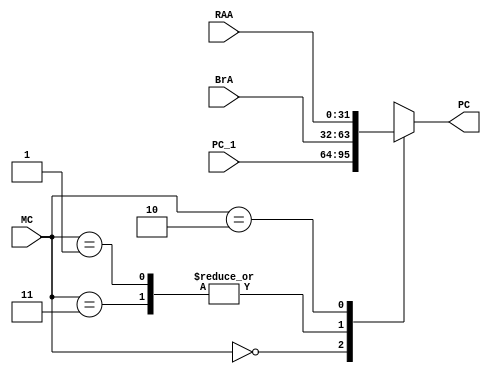
`timescale 1ns / 1ps

module MUX_C(   input [31:0] BrA, RAA, PC_1, // BrA, RAA come from execute, PC+1 comes from instruction fetch section, one of these goes to PC output
                input [1:0] MC, // from combinational circuits to the right of MUX C in Fig. 10-15 before the instruction fetch section
                output reg [31:0] PC // sets the newest value of program counter to the top module
                );
                

always@(*) begin
        case(MC)
            0: PC = PC_1; // pass incremented PC
            1,3: PC = BrA; // set PC to branch address
            2: PC = RAA;
            default: PC = PC_1;
        endcase
end

endmodule